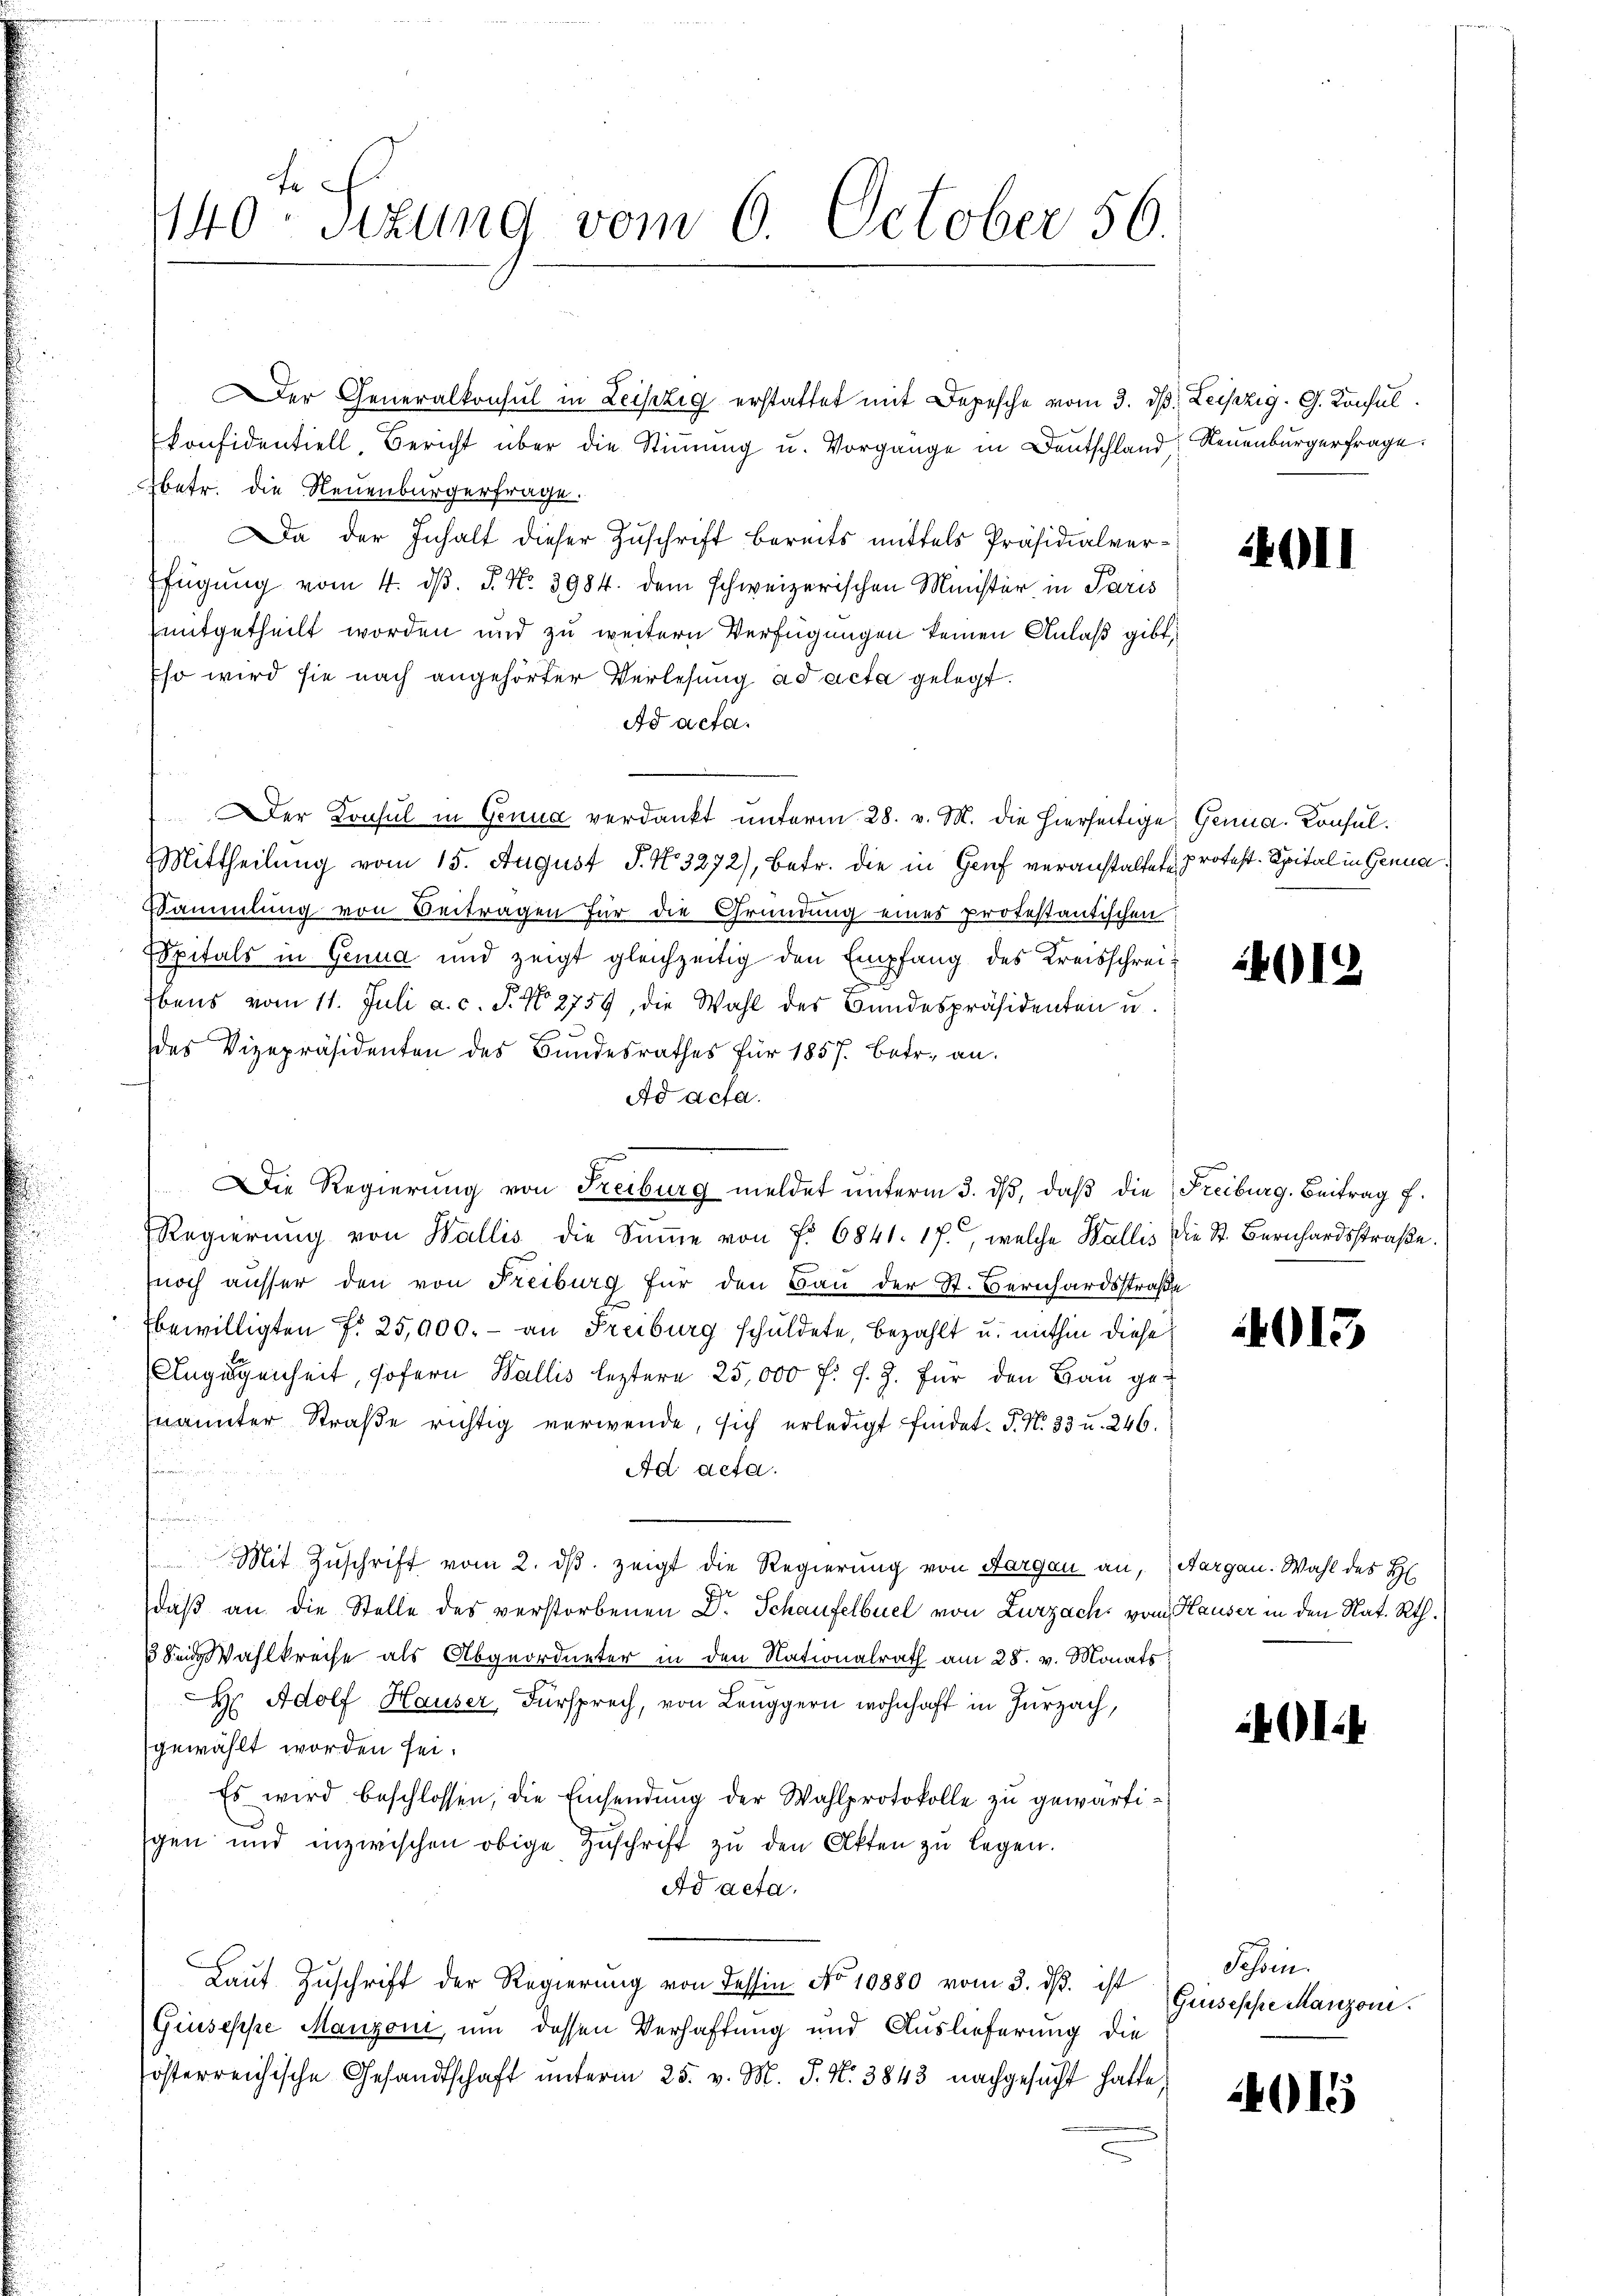
440te Sitzung vom 6. October 56.

konfidentiell, Bericht über die Stimmung u. Vorgänge in Deutschland Neuenburgerfrage.
betr. die Neuenburgerfrage.
Da der Inhalt dieser Zuschrift bereits mittels Präsidialverfügung vom 4. dβ. P. No. 3984. dem schweizerischen Minister in Paris
mitgetheilt worden und zu weitern Verfügungen keinen Anlaß gibt,
Eso wird sie nach angehörter Verlesung ad acta gelegt.
Ad acta.
Der Konsul in Genua verdankt unterm 28. v. M. die hierseitige Genua, Konsul¬
Mittheilung vom 15. August S. No 3272), betr. die in Genf veranstaltet rotest. Spital in Genua
Sammlung von Beitragen für die Gründung eines protestantischen:
ESpitals in Genua und zeigt gleichzeitig den Empfang des Kreisschrei¬
Ebens vom 11. Juli a. c. J. No 2759, die Wahl des Bundespräsidenten u.
g
des Vizepräsidenten des Bundesrathes für 1857. Betr. an.
Ad Acta.
Die Regierung von Freiburg meldet unterm 3. dβ, daß die Freiburg. Beitrag 7.
Regierŭng von Wallis die Sŭṁe von Fr. 6841. 17., welche Wallis die St. Bernhardsstraße.
noch ausser den von Freiburg für den Bau der St. Bernhardsstraße
bewilligten f. 25,000.- an Freiburg schuldete, bezahlt u. mithin diese
Angegenheit, sofern Wallis leztere 25,000 f: s. Z. für den Bau gemnannter Straße richtig verwende, sich erledigt findet. P. N. 33 u. 246.
n
Ad acta.
.
Mit Zŭschrift vom 2. dβ zeigt die Regierung von Aargau an, Aargau. Wahl des H
daß an die Stelle des verstorbenen Dr. Schaufelbuel von Zurzach, vom Hauser in den Nat. Rth.
Sen Wahlkreise als Abgeordneter in den Nationalrath am 28. v. Monats
Hr. Adolf Hauser, Fürsprech, von Leuggern wohnhaft in Zurzach,
gewählt worden sei.
Es wird beschlossen, die Einsendŭng der Wahlprotokolle zu gewärtigen und inzwischen obige Zuschrift zu den Akten zu legen.
Ad acta.
Lauf Zuschrift der Regierung von dessen No 10880 vom 3. ds. ist
Giuseppe Manzoni, um dessen Verhaftung und Auslieferung die
österreichische Gesandtschaft unterm 25. v. M. J. N. 3843 nachgesucht hatte,

er Generalkonsul in Leipzig erstattet mit Depesche vom 3. d. Leipzig. G. Konsul

4011

4012

4013

O1.4

Schen.
Guisesse Manzoni.

015